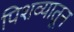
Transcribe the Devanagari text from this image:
पिशव्यातून